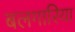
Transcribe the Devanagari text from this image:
बलगारिया